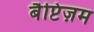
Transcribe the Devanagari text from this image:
बैप्टिज़म